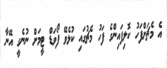
އެ މެޗަށްފަހު ކޮލިފައިންގެ ފަހު މެޗުގައި ކުޅެވޭ ފޯވަޑް ޓީމަށް ނުނެގީ އޭނާ